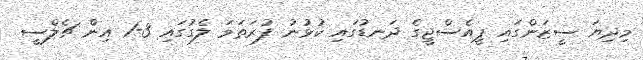
މިދިޔަ ސީޒަންގައި ޕީއެސްޖީގެ ދަނޑުގައި ކުޅުނު ފުރަތަމަ ލެގުގައި 3-1 އިން ޗެލްސީ